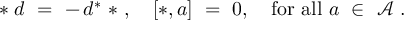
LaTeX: * \; d \ = \ - \, d ^ { * } \; * \ , \quad [ * , a ] \ = \ 0 , \quad \mathrm { f o r \ a l l } \ a \ \in \ { \mathcal A } \ .